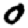
Digit: 0